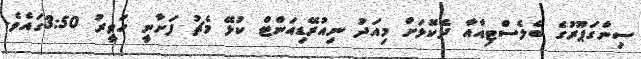
ސިންގަޕޫރުގެ ބެލެސްޓިއާއާ ދެކޮޅަށް މިއަދު ނިއުރޭޑިއަންޓް ކުޅޭ މެޗު ފަށާނީ ހަވީރު 3:50ގައެވެ.